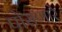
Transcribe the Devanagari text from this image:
पोसणारे